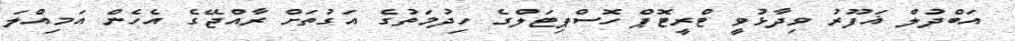
އަބްދުލް ޣަފޫރު ވިދާޅުވީ ޓްރީޓޮޕް ހޮސްޕިޓަލްގެ ހިދުމަތުގެ އަގުތަށް ރާއްޖޭގެ އެހެން އަމިއްލަ